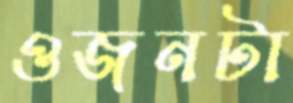
ওজনটা